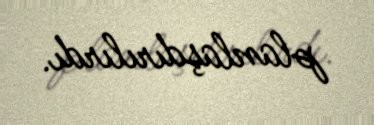
planlaşdırılırdı.